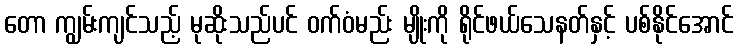
တော ကျွမ်းကျင်သည့် မုဆိုးသည်ပင် ဝက်ဝံမည်း မျိုးကို ရိုင်ဖယ်သေနတ်နှင့် ပစ်နိုင်အောင်